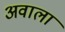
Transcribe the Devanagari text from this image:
अवाला